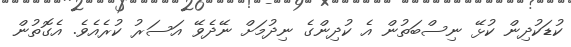
ކުޑަކުދިން ކުޅޭ ނިސްބަތުން އެ ކުދިންގެ ނިދުމަށް ނޭދެވޭ އަސަރު ކުރެއެވެ. އެގޮތުން